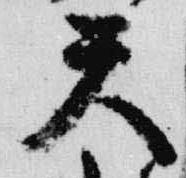
天